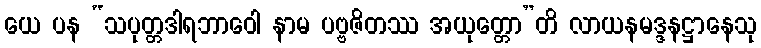
ယေ ပန “သပုတ္တဒါရဘာဝေါ နာမ ပဗ္ဗဇိတဿ အယုတ္တော”တိ လာယနမဒ္ဒနဋ္ဌာနေသု